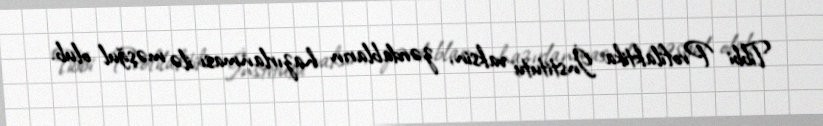
Tibbi Profilaktika İnstitutu vaksin, zərdabların hazırlanması ilə məşğul olub.